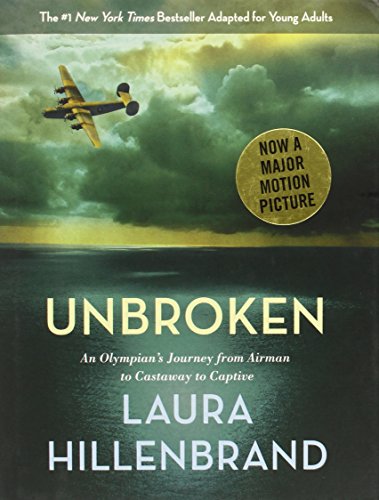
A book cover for Unbroken (The Young Adult Adaptation): An Olympian's Journey from Airman to Castaway to Captive; Laura Hillenbrand; Teen & Young Adult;